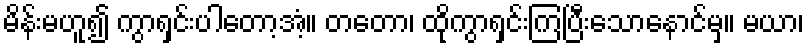
မိန်းမဟူ၍ ကွာရှင်းပါတော့အံ့။ တတော၊ ထိုကွာရှင်းကြပြီးသောနောင်မှ။ မယာ၊